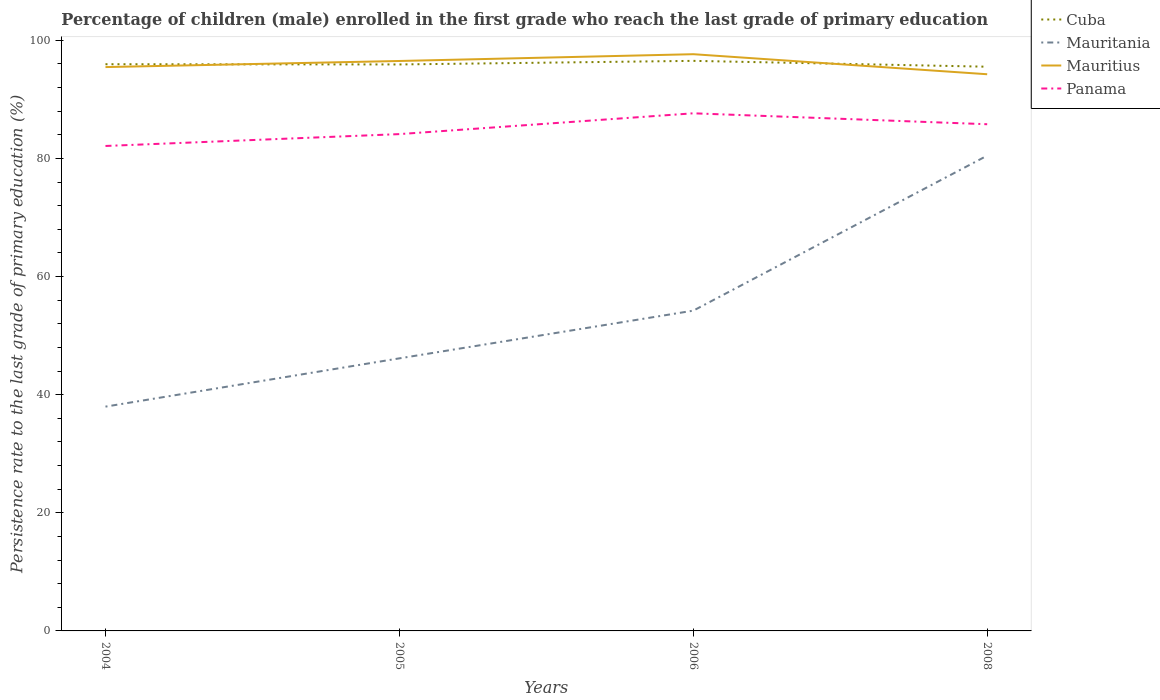
| Years | Cuba | Mauritania | Mauritius | Panama |
 | --- | --- | --- | --- | --- |
 | 2004 | 95.9 | 38 | 95.5 | 82.1 |
 | 2005 | 95.9 | 46.1 | 96.5 | 84.1 |
 | 2006 | 96.5 | 54.2 | 97.6 | 87.6 |
 | 2008 | 95.5 | 80.5 | 94.2 | 85.8 |